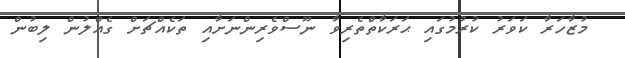
މުޒާހަރާ ކަވަރު ކުރުމުގައި ޙަރަކާތްތެރިވާ ނޫސްވެރިންނަށާއި ތަކެއްޗަށް ގެއްލުން ލިބުން